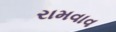
રામવાવ